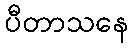
ပီတာသနေ